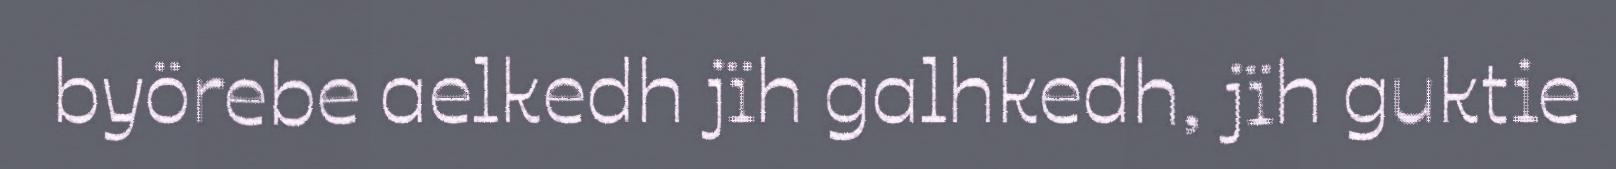
byörebe aelkedh jïh galhkedh, jïh guktie